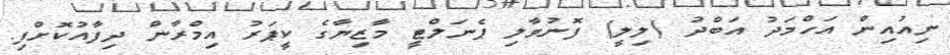
ނިއުއިން އަހްމަދު އަބްދު (ލިލީ) ފޮނުވާލި ޕެނަލްޓީ މާޒިޔާގެ ކީޕަރު އިމްރާން ދިފާއުކޮށްފި.